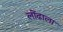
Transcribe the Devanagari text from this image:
लोंढाला